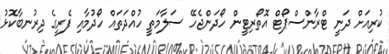
ކުރިއަށް ދަނީ ޓްރާންސްޕޯޓް އޮތޯރިޓީން ހޯދަންޖެހޭ ސަލާމަތީ ހުއްދަތައް ހޯދުމާއި ފެރީގެ ދިރުނބާކޮޅު